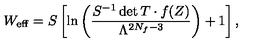
W _ { \mathrm { e f f } } = S \left[ \ln \left( \frac { S ^ { - 1 } \det T \cdot f ( Z ) } { \Lambda ^ { 2 N _ { f } - 3 } } \right) + 1 \right] ,